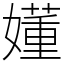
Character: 嬞